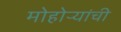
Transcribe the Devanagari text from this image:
मोहोऱ्यांची